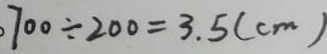
7 0 0 \div 2 0 0 = 3 . 5 ( c m )